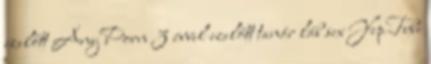
ezelőtt AnyPorn 3 évvel ezelőtt tanár láb sex YepTube